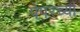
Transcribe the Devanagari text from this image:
पेपरच्या